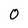
Character: 0